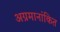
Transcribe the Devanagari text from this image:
अग्रमानांकित